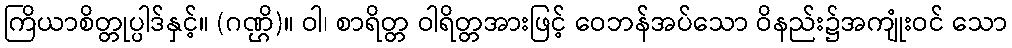
ကြိယာစိတ္တုပ္ပါဒ်နှင့်။ (ဂဏ္ဌိ)။ ဝါ၊ စာရိတ္တ ဝါရိတ္တအားဖြင့် ဝေဘန်အပ်သော ဝိနည်း၌အကျုံးဝင် သော